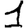
Digit: 1